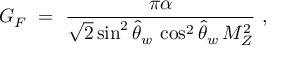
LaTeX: G _ { F } \ = \ \frac { \pi \alpha } { \sqrt { 2 } \sin ^ { 2 } \hat { \theta } _ { w } \, \cos ^ { 2 } \hat { \theta } _ { w } \, M _ { Z } ^ { 2 } } \ ,